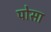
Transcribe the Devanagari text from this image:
पोसा